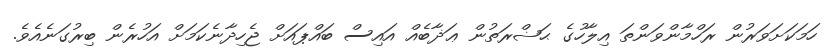
ހަމަކަށަވަރުން ރަހްމާންވަންތަ އިލާހުގެ ޙަޟްރަތުން ޢަޛާބެއް އައިސް ބައްޕައަށް ޖެހިދާނެކަމަށް އަހުރެން ބިރުގަނެއެވެ.